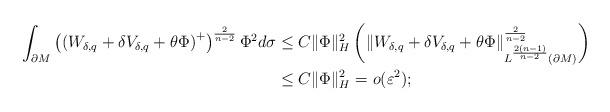
LaTeX: \begin{align*}\int_{\partial M}\left(\left(W_{\delta,q}+\delta V_{\delta,q}+\theta\Phi\right)^{+}\right)^{\frac{2}{n-2}}\Phi^{2}d\sigma & \le C\|\Phi\|_{H}^{2}\left(\left\Vert W_{\delta,q}+\delta V_{\delta,q}+\theta\Phi\right\Vert _{L^{\frac{2(n-1)}{n-2}}(\partial M)}^{\frac{2}{n-2}}\right)\\ & \le C\|\Phi\|_{H}^{2}=o(\varepsilon^{2});\end{align*}